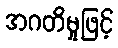
အဂတိမှုဖြင့်